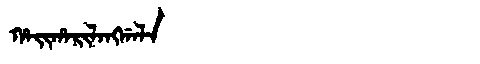
Manchu: ᡥᠠᡳᡥᠠᡵᡳᠯᠠᠩᡤᠠᠯᠠ
Romanization: HAIHARILANGGALA